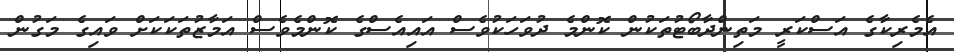
އެމެރިކާގެ އަސްކަރީ މަތިންދާބޯޓުތަކުން ކޮންމެ ދުވަހަކުވެސް އައިއެސްގެ ކޮންމެވެސް އަމާޒުތަކަކަށް ވައިގެ މަގުން